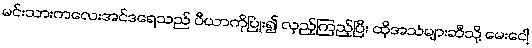
မင်းသားကလေးအင်ဒရေသည် ပီယာကိုပြုံး၍ လှည့်ကြည့်ပြီး ထိုအသံများဆီသို့ မေးငေါ့